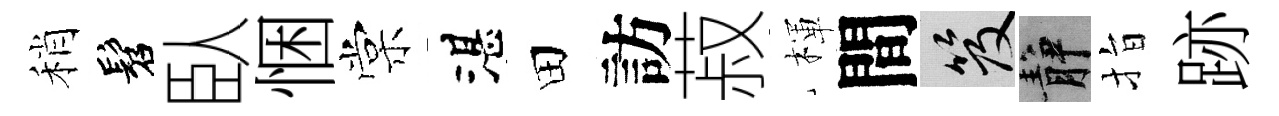
稍髫臥悃棠湛田訪菽楎間笈静指跡